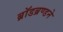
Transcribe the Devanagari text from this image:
ब्रॉडब्रण्डने